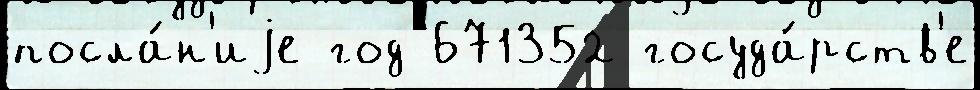
посла́н'иjе год 671352 госуда́рств'е